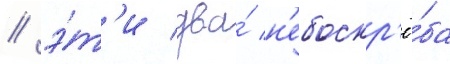
/ э́т'и два́ н'ебоскр'ё́ба